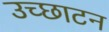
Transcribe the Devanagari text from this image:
उच्छाटन